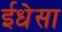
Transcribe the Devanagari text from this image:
ईधेसा